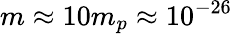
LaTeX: m\approx 10m_{p}\approx 10^{-26}